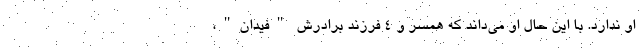
او ندارد. با این حال او می‌داند که همسر و 4 فرزند برادرش "فیدان"،